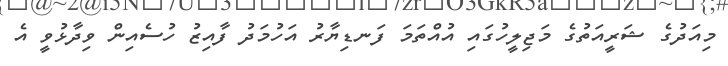
މިއަދުގެ ޝަރީއަތުގެ މަޖިލީހުގައި އުއްތަމަ ފަނޑިޔާރު އަހުމަދު ފާއިޒު ހުސެއިން ވިދާޅުވީ އެ